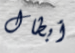
أبطال